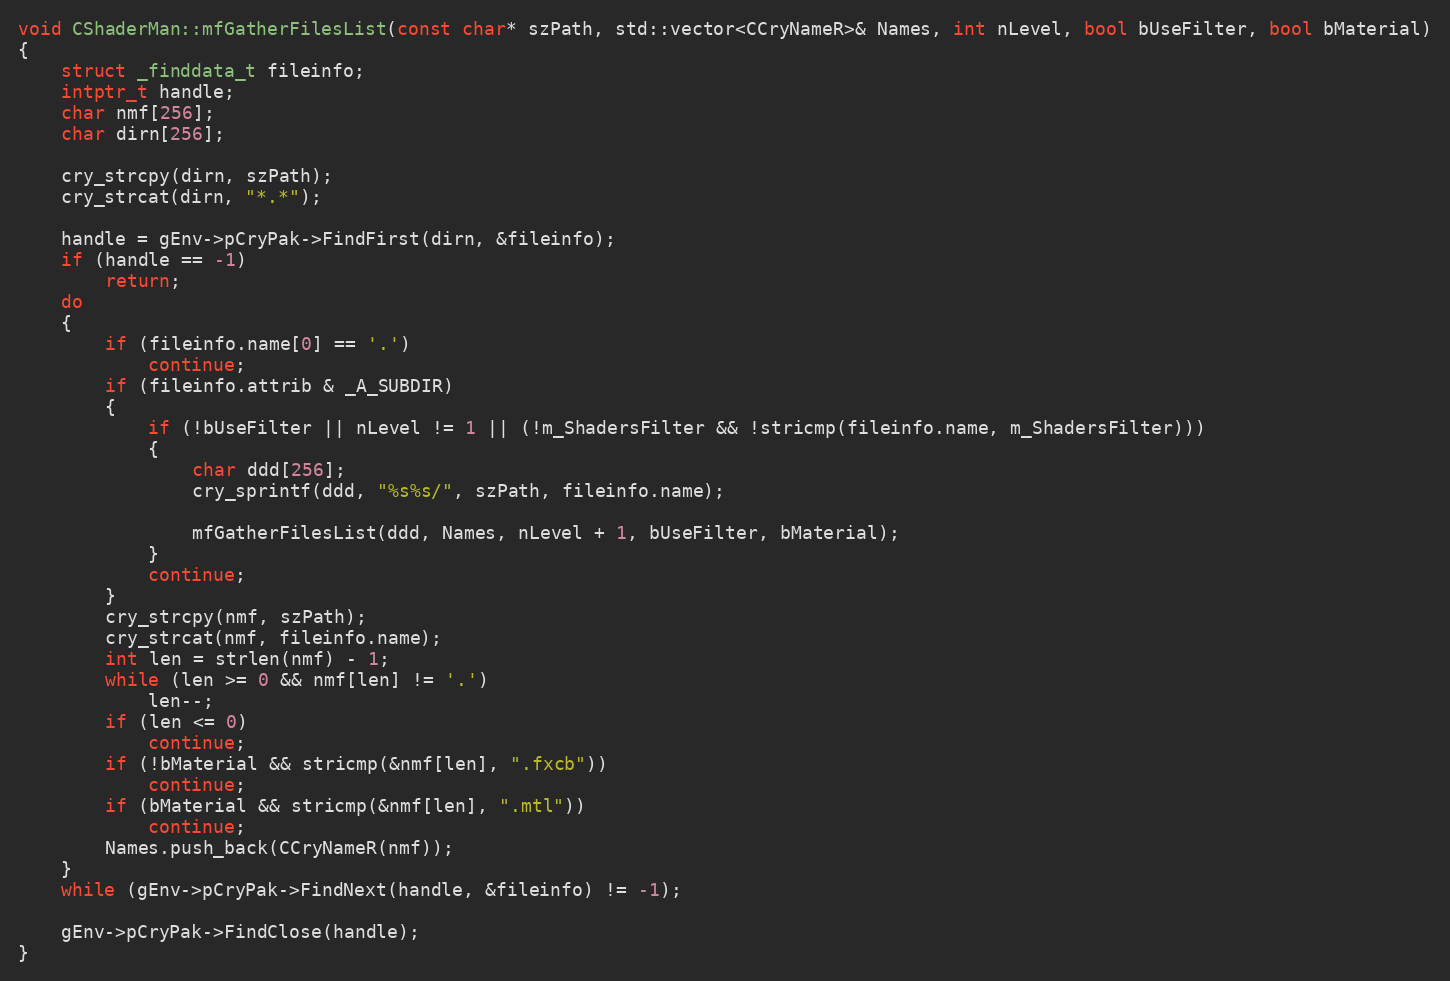
Language: C++
void CShaderMan::mfGatherFilesList(const char* szPath, std::vector<CCryNameR>& Names, int nLevel, bool bUseFilter, bool bMaterial)
{
	struct _finddata_t fileinfo;
	intptr_t handle;
	char nmf[256];
	char dirn[256];

	cry_strcpy(dirn, szPath);
	cry_strcat(dirn, "*.*");

	handle = gEnv->pCryPak->FindFirst(dirn, &fileinfo);
	if (handle == -1)
		return;
	do
	{
		if (fileinfo.name[0] == '.')
			continue;
		if (fileinfo.attrib & _A_SUBDIR)
		{
			if (!bUseFilter || nLevel != 1 || (!m_ShadersFilter && !stricmp(fileinfo.name, m_ShadersFilter)))
			{
				char ddd[256];
				cry_sprintf(ddd, "%s%s/", szPath, fileinfo.name);

				mfGatherFilesList(ddd, Names, nLevel + 1, bUseFilter, bMaterial);
			}
			continue;
		}
		cry_strcpy(nmf, szPath);
		cry_strcat(nmf, fileinfo.name);
		int len = strlen(nmf) - 1;
		while (len >= 0 && nmf[len] != '.')
			len--;
		if (len <= 0)
			continue;
		if (!bMaterial && stricmp(&nmf[len], ".fxcb"))
			continue;
		if (bMaterial && stricmp(&nmf[len], ".mtl"))
			continue;
		Names.push_back(CCryNameR(nmf));
	}
	while (gEnv->pCryPak->FindNext(handle, &fileinfo) != -1);

	gEnv->pCryPak->FindClose(handle);
}